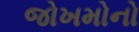
જોખમોનો